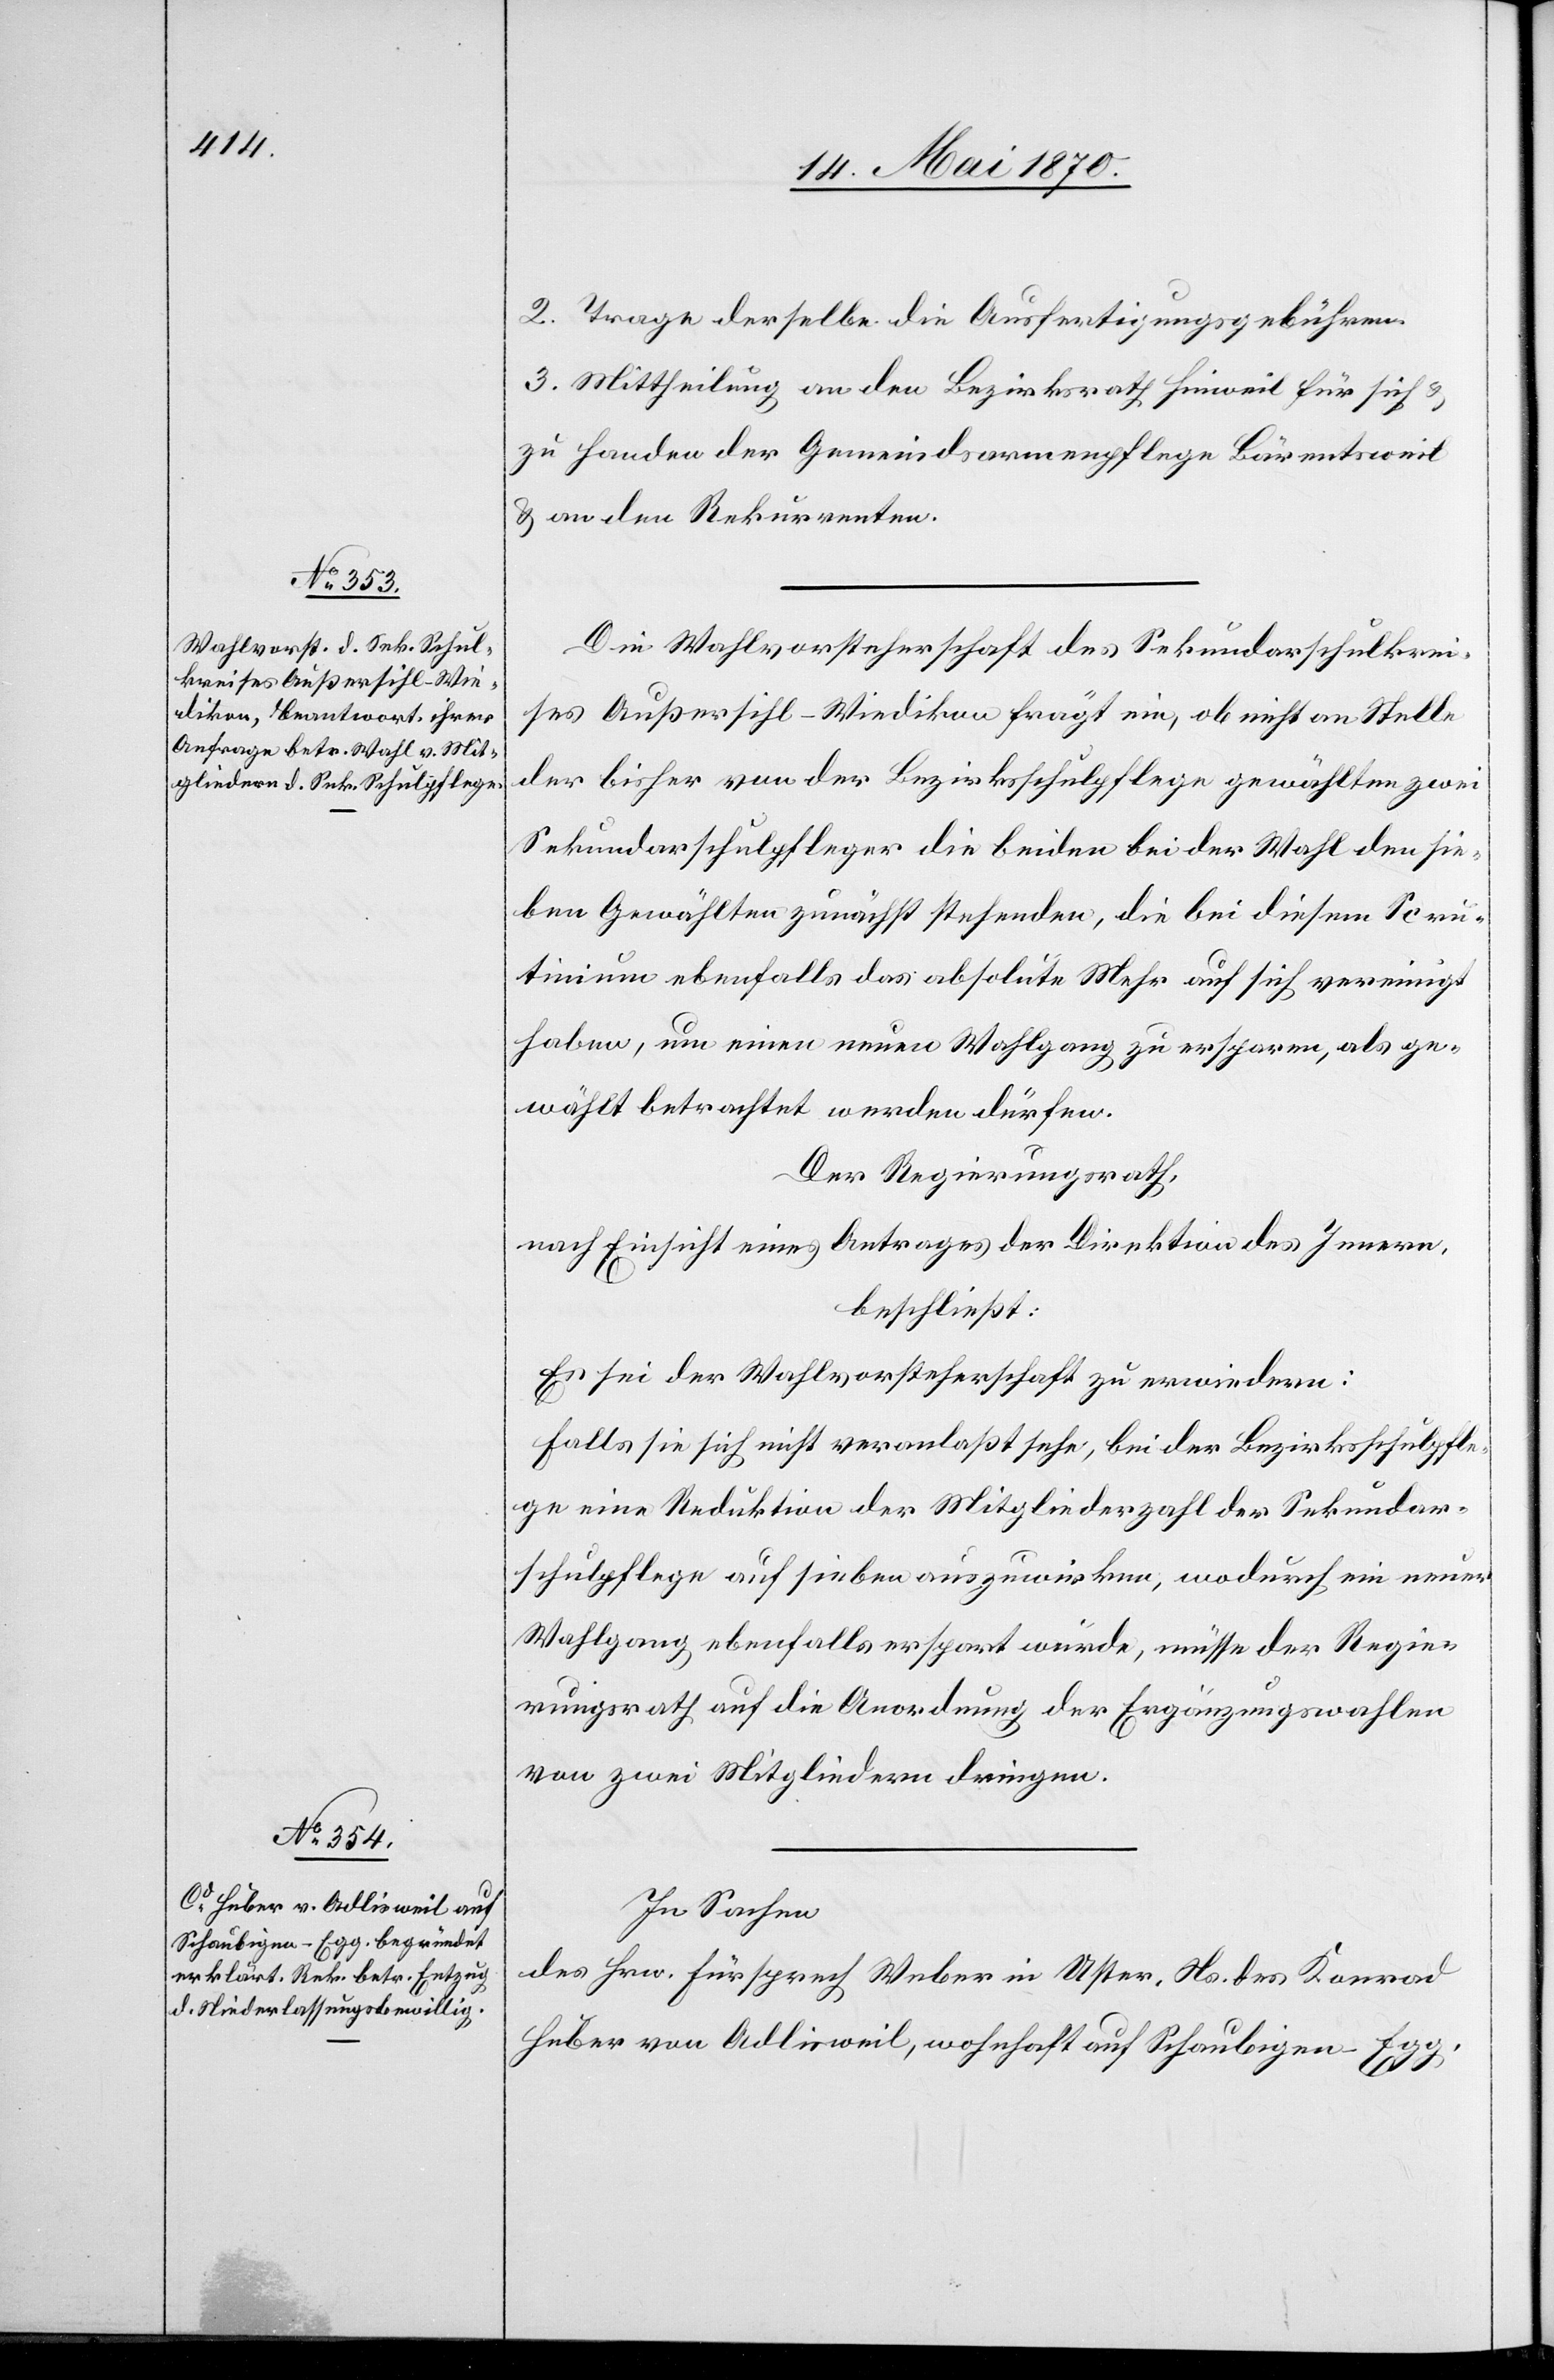
2. Trage derselbe die Ausfertigungsgebühren.
3. Mittheilung an den Bezirksrath Hinweil für sich &
zu Handen der Gemeindsarmenpflege Bärentsweil
& an den Rekurrenten.
Die Wahlvorsteherschaft des Sekundarschulkrei¬
ses Außersihl-Wiedikon frägt ein, ob nicht an Stelle
der bisher von der Bezirksschulpflege gewählten zwei
Sekundarschulpfleger die beiden bei der Wahl den sie¬
ben Gewählten zunächst stehenden, die bei diesem Scru¬
tinium ebenfalls das absolute Mehr auf sich vereinigt
haben, um einen neuen Wahlgang zu ersparen, als ge¬
wählt betrachtet werden dürfen.
Der Regierungsrath,
nach Einsicht eines Antrages der Direktion des Innern,
beschließt:
Es sei der Wahlvorsteherschaft zu erwiedern:
Falls sie sich nicht veranlaßt sehe, bei der Bezirksschulpfle¬
ge eine Reduktion der Mitgliederzahl der Sekundar¬
schulpflege auf sieben auszuwirken, wodurch ein neuer
Wahlgang ebenfalls erspart würde, müsse der Regie¬
rungsrath auf die Anordnung der Ergänzungswahlen
von zwei Mitgliedern dringen.
In Sachen
des Hrn. Fürsprech Weber in Uster, Ns. des Konrad
Huber von Adlisweil, wohnhaft auf Schaubigen